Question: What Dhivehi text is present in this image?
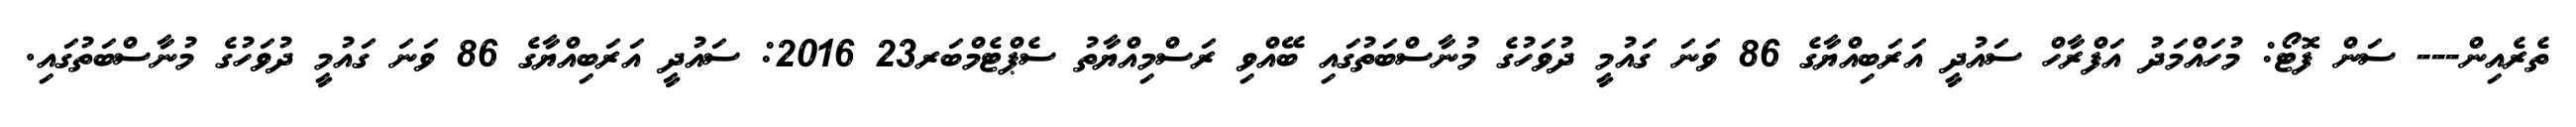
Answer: ތެރެއިން--- ސަން ފޮޓޯ: މުހައްމަދު އަފްރާހް ސައުދީ އަރަބިއްޔާގެ 86 ވަނަ ގައުމީ ދުވަހުގެ މުނާސްބަތުގައި ބޭއްވި ރަސްމިއްޔާތު ސެޕްޓެމްބަރ23 2016: ސައުދީ އަރަބިއްޔާގެ 86 ވަނަ ގައުމީ ދުވަހުގެ މުނާސްބަތުގައި.